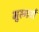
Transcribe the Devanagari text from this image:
भुरगवां